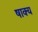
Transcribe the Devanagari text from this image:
षाक्य